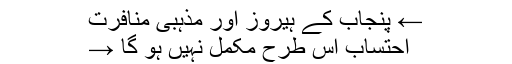
← پنجاب کے ہیروز اور مذہبی منافرت
احتساب اس طرح مکمل نہیں ہو گا →